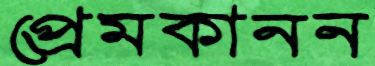
প্রেমকানন